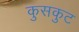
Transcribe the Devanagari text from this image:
कुसकुट